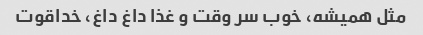
مثل همیشه، خوب سر وقت و غذا داغ داغ، خداقوت